Report on the Civil Veterinary Department, Eastern Bengal and Assam - 1907-1911
Year: 1907
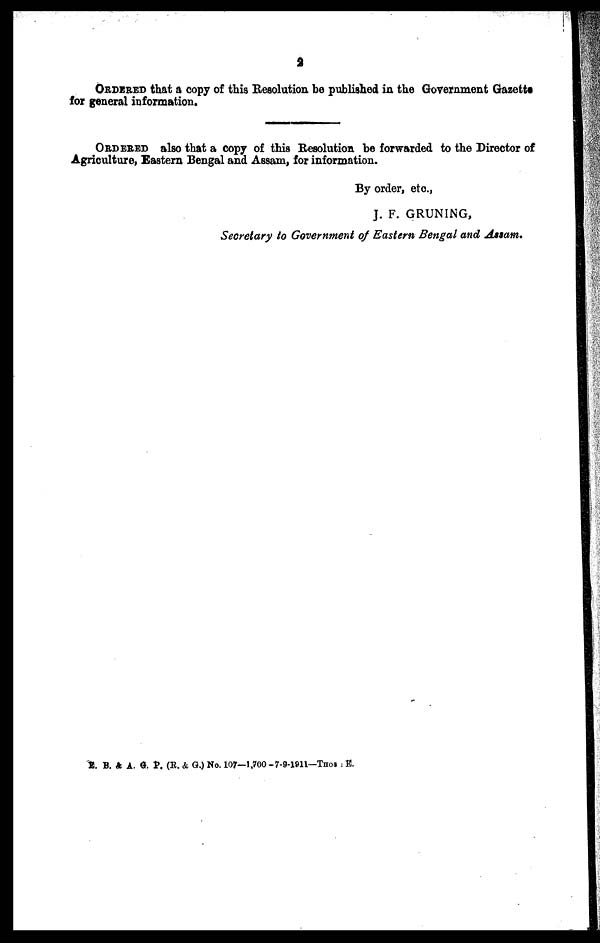
2
ORDERED that a copy of this Resolution be published in the Government Gazettts
for general information.
ORDERED also that a copy of this Resolution be forwarded to the Director of
Agriculture, Eastern Bengal and Assam, for information.
By order, etc.,
J. F. GRUNING,
Secretary to Government of Eastern Bengal and Assam.
E. B. & A. G. P. (R. & G.) No. 107—1,700-7-9-1911—Tnos: E.